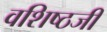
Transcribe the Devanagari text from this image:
वशिष्ठजी